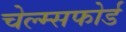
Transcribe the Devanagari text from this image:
चेल्म्सफोर्ड